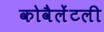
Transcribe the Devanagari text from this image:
कोवैलेंटली